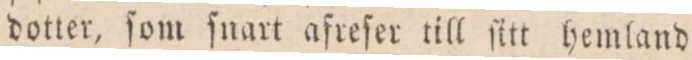
dotter, ſom ſnart afreſer till ſitt hemland